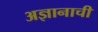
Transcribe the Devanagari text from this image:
अज्ञानाची